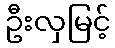
ဦးလှမြင့်